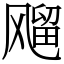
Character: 飗